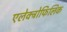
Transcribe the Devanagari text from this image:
एलेक्ट्रोफिलिक